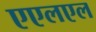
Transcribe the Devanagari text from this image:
एएलएल